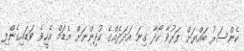
ކެންސަރު ބައްޔަށް ފަރުވާ ހޯދާ ގިނަ އަދަދެއްގެ ކުދިންނަށް މެޑަމް އެހީވެ ވަޑައިގެންފި